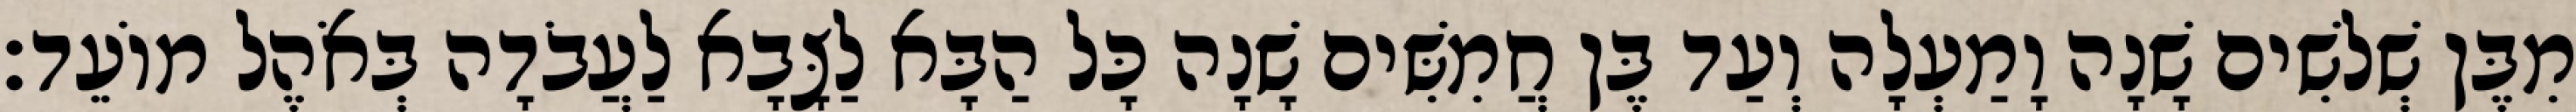
מִבֶּן שְׁלשִׁים שָׁנָה וָמַעְלָה וְעַד בֶּן חֲמִשִּׁים שָׁנָה כָּל הַבָּא לַצָּבָא לַעֲבֹדָה בְּאֹהֶל מוֹעֵד׃